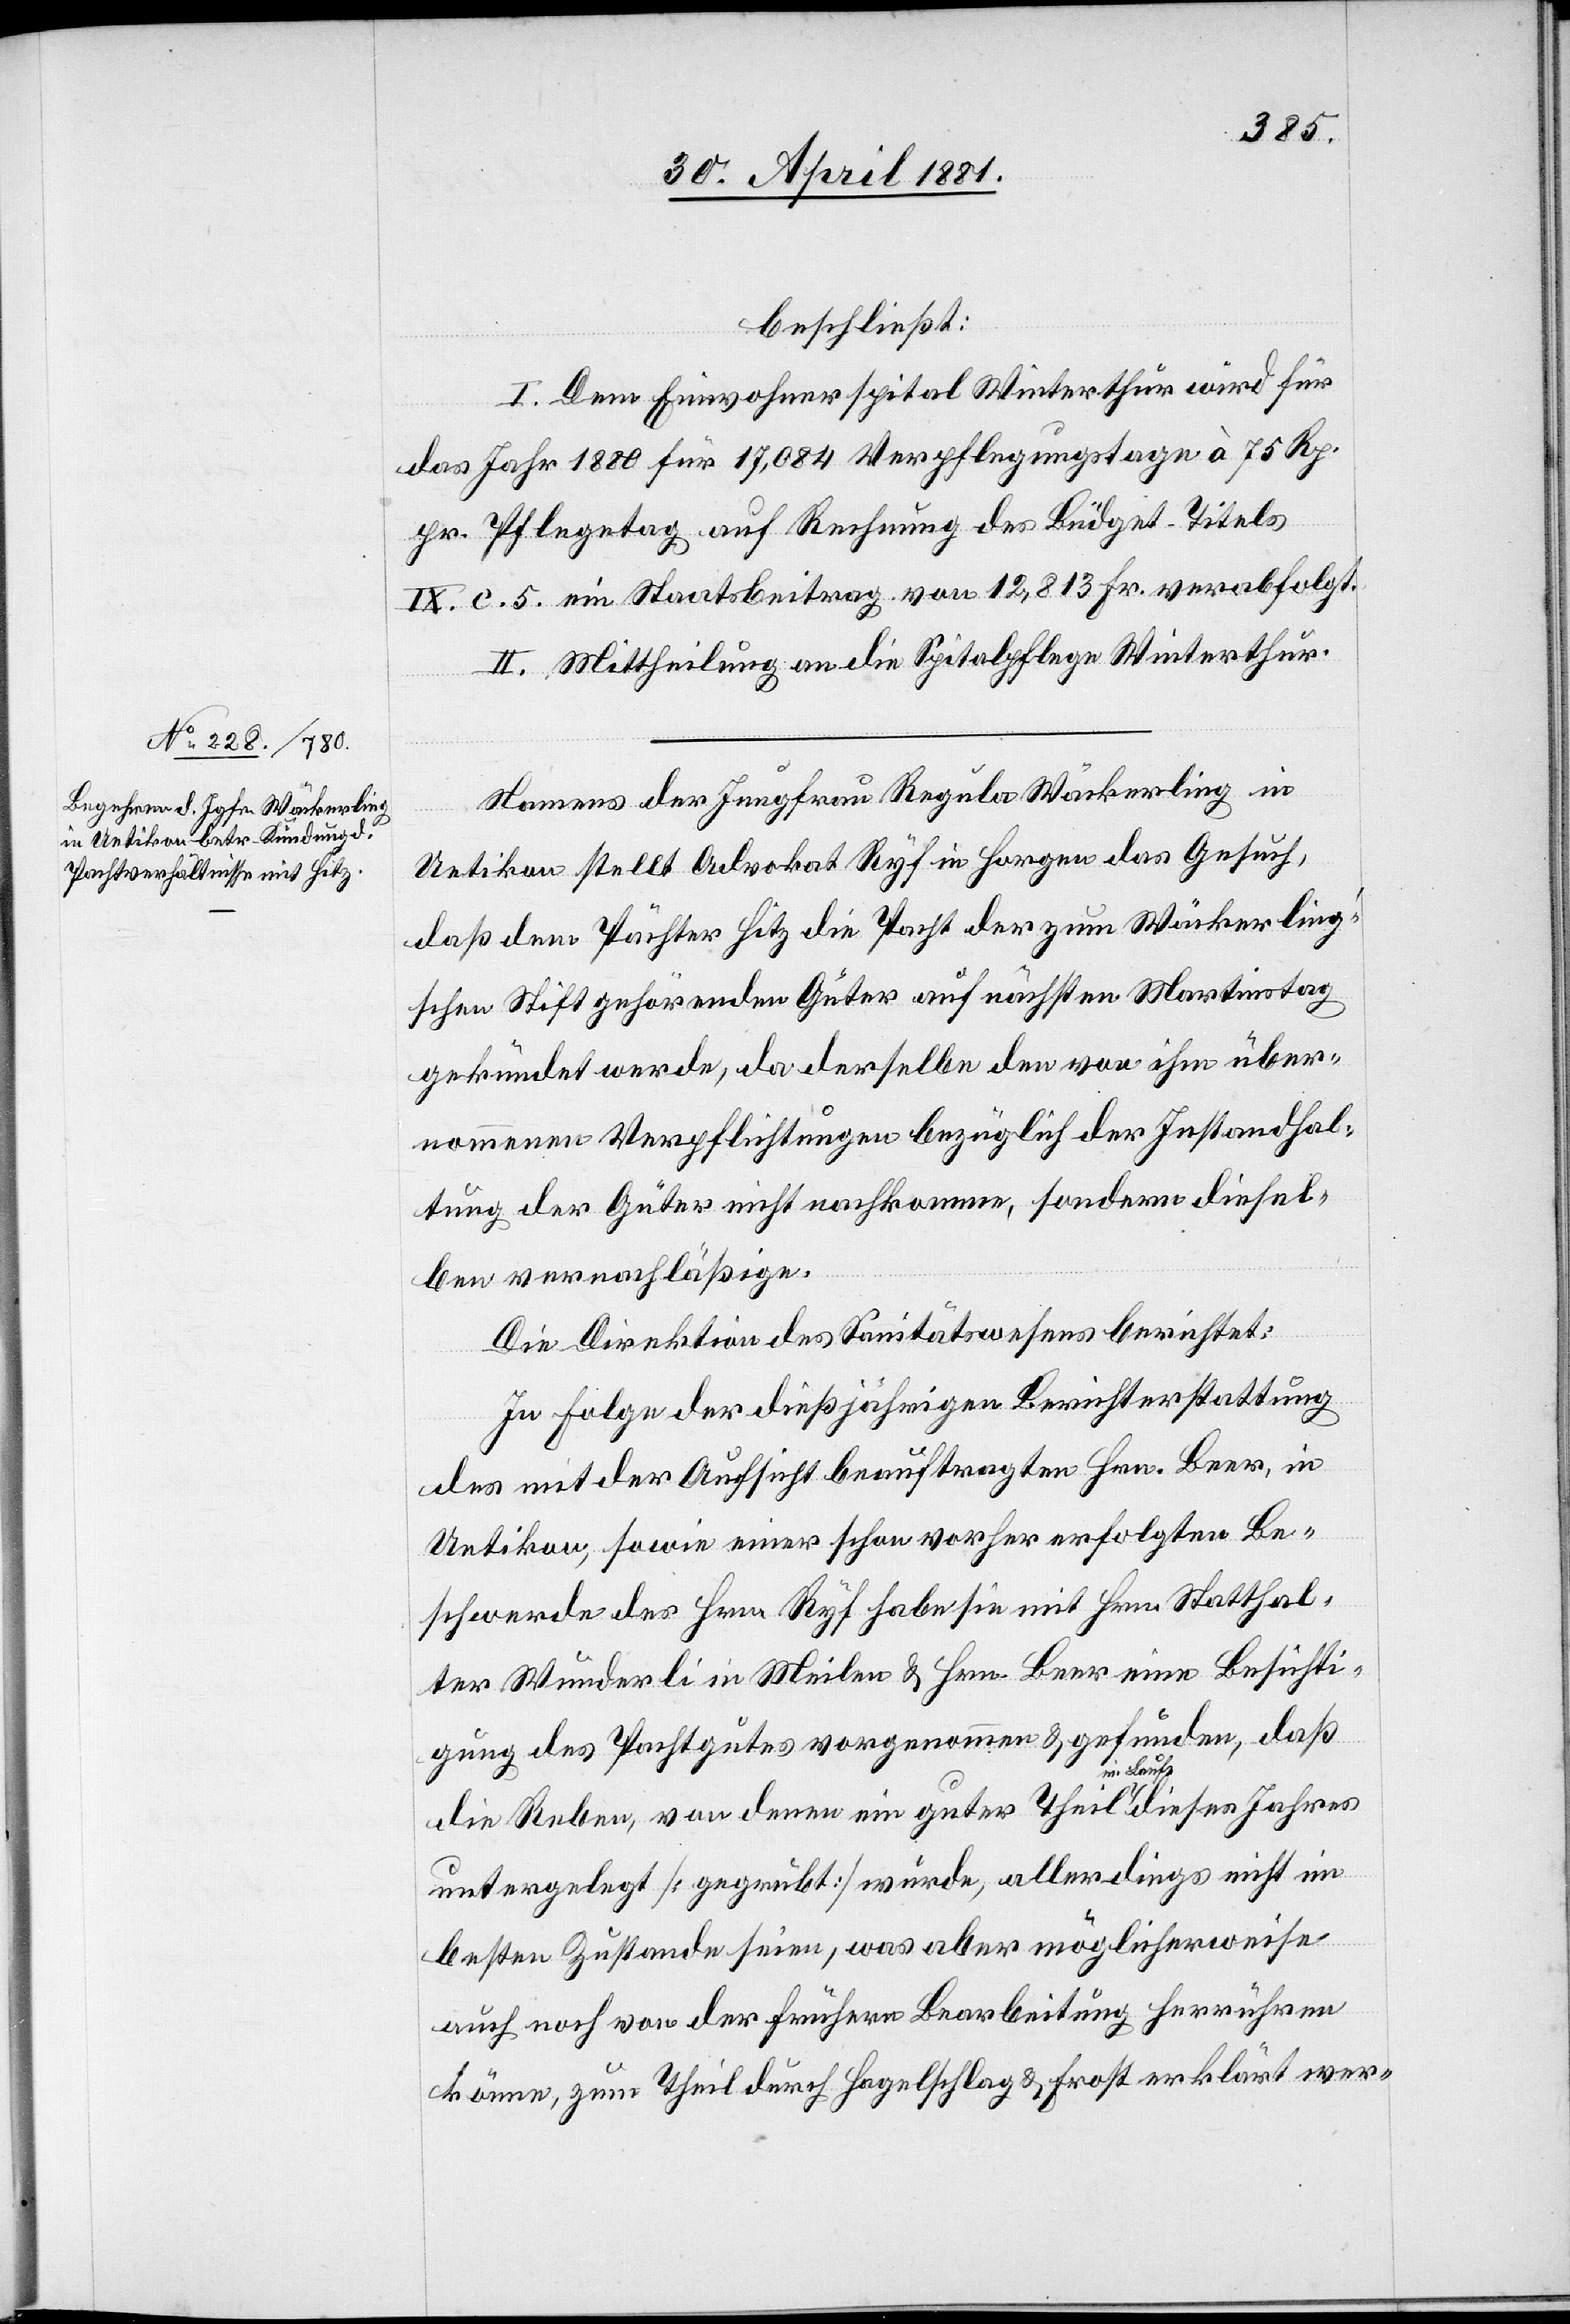
beschließt:
I. Dem Einwohnerspital Winterthur wird für
das Jahr 1880 für 17,084 Verpflegungstage à 75 Rp.
pr. Pflegetag auf Rechnung des Büdget Titels
IX c. 5 ein Staatsbeitrag von 12,813 Fr. verabfolgt.
II. Mittheilung an die Spitalpflege Winterthur.
Namens der Jungfrau Regula Wäckerling in
Uetikon stellt Advokat Ryf in Horgen das Gesuch,
daß dem Pächter Hitz die Pacht der zum Wäckerling’s¬
chen Stift gehörenden Güter auf nächsten Martinstag
gekündet werde, da derselbe den von ihr über¬
nommenen Verpflichtungen bezüglich der Instandhal¬
tung der Güter nicht nachkomme, sondern diesel¬
ben vernachläßige.
Die Direktion des Sanitätswesens berichtet:
In Folge der dießjährigen Berichterstattung
des mit der Aufsicht beauftragten Hrn. Beer, in
Uetikon, sowie einer schon vorher erfolgten Be¬
schwerde des Hrn. Ryf habe sie mit Hrn. Statthal¬
ter Wunderli in Meilen & Hrn. Beer eine Besichti¬
gung des Pachtgutes vorgenommen & gefunden, daß
die Reben, von denen ein guter Teil im Laufe dieses Jahres
untergelegt [gegrübt] wurde, allerdings nicht im
besten Zustand seien, was aber möglicherweise
auch noch von der frühern Bearbeitung herrühren
könne, zum Theil durch Hagelschlag & Frost erklärt wer-